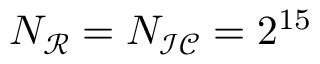
N _ { \mathcal { R } } = N _ { \mathcal { I C } } = 2 ^ { 1 5 }